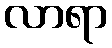
လာရာ